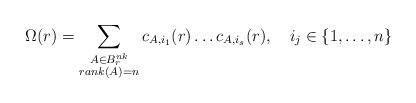
LaTeX: \begin{align*} \Omega(r) = \sum_{\substack{ A \in B_r^{nk} \\ rank(A) = n }} c_{A, i_1}(r) \dots c_{A, i_s}(r), \ \ \ i_j \in \{ 1, \dots, n \}\end{align*}